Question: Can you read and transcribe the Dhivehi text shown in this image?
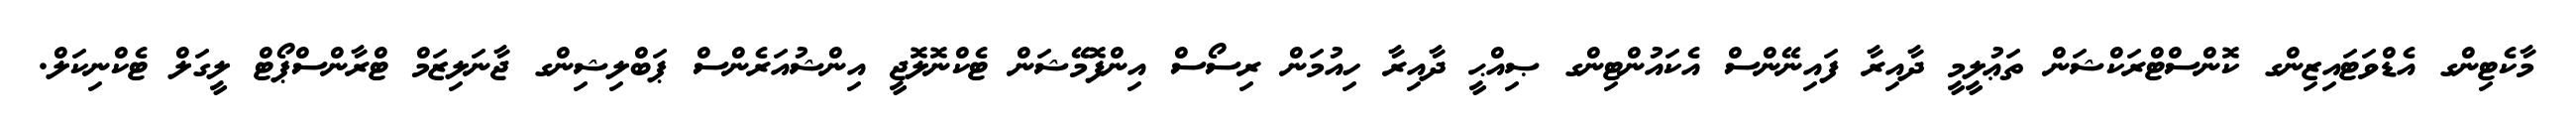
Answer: މާކެޓިންގ އެޑްވަޓައިޒިންގ ކޮންސްޓްރަކްޝަން ތަޢުލީމީ ދާއިރާ ފައިނޭންސް އެކައުންޓިންގ ޞިއްޙީ ދާއިރާ ހިއުމަން ރިސޯސް އިންފޮމޭޝަން ޓެކްނޮލޮޖީ އިންޝުއަރެންސް ޕަބްލިޝިންގ ޖާނަލިޒަމް ޓްރާންސްޕޯޓް ލީގަލް ޓެކްނިކަލް.